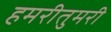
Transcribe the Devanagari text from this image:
हमरीतुमरी